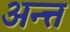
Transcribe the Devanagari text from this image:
अन्त्त